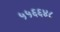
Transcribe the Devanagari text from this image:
५५६६४८